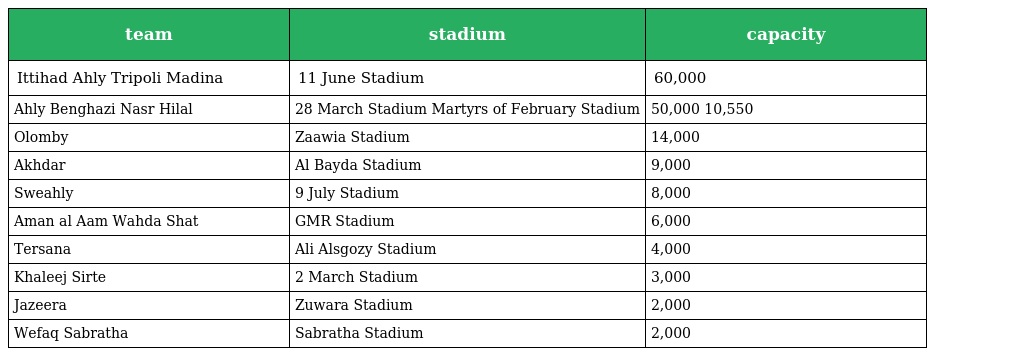
| team | stadium | capacity |
 | --- | --- | --- |
 | Ittihad Ahly Tripoli Madina | 11 June Stadium | 60,000 |
 | Ahly Benghazi Nasr Hilal | 28 March Stadium Martyrs of February Stadium | 50,000 10,550 |
 | Olomby | Zaawia Stadium | 14,000 |
 | Akhdar | Al Bayda Stadium | 9,000 |
 | Sweahly | 9 July Stadium | 8,000 |
 | Aman al Aam Wahda Shat | GMR Stadium | 6,000 |
 | Tersana | Ali Alsgozy Stadium | 4,000 |
 | Khaleej Sirte | 2 March Stadium | 3,000 |
 | Jazeera | Zuwara Stadium | 2,000 |
 | Wefaq Sabratha | Sabratha Stadium | 2,000 |